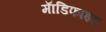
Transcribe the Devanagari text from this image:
माॅडिफाइड